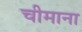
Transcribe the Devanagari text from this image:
चीमाना